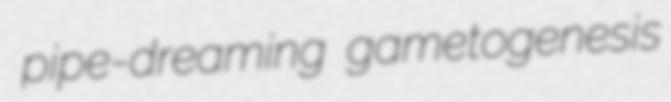
pipe-dreaming gametogenesis